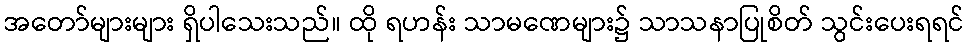
အတော်များများ ရှိပါသေးသည်။ ထို ရဟန်း သာမဏေများ၌ သာသနာပြုစိတ် သွင်းပေးရရင်